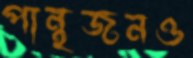
পান্থজনও